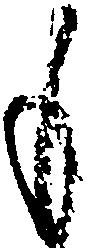
も